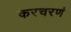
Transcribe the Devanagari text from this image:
करचरणं